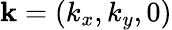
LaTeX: \mathbf{k}=(k_{x},k_{y},0)